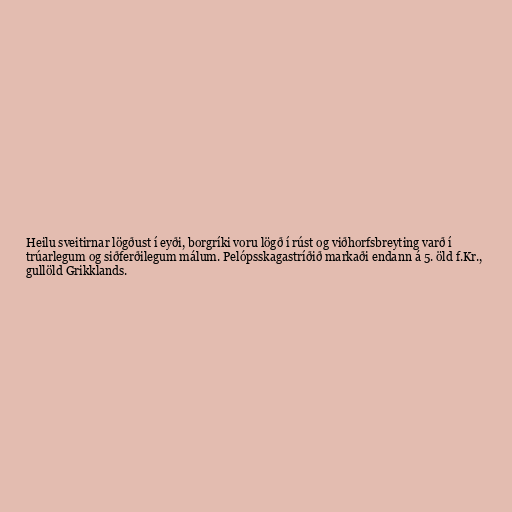
Heilu sveitirnar lögðust í eyði, borgríki voru lögð í rúst og viðhorfsbreyting varð í
trúarlegum og siðferðilegum málum. Pelópsskagastríðið markaði endann á 5. öld f.Kr.,
gullöld Grikklands.